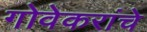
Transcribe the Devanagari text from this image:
गोवेकरांचे